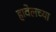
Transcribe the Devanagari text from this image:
हावेलच्या